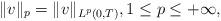
LaTeX: \begin{align*}\|v\|_p=\|v\|_{L^p(0, T)}, 1\le p\le +\infty,\end{align*}